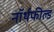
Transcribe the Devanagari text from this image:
नॉर्थफील्ड